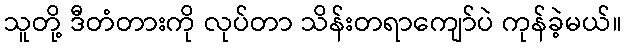
သူတို့ ဒီတံတားကို လုပ်တာ သိန်းတရာကျော်ပဲ ကုန်ခဲ့မယ်။